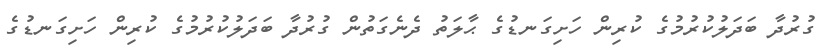
ގުރުދާ ބަދަލުކުރުމުގެ ކުރިން ހަށިގަނޑުގެ ޙާލަތު ދެނެގަތުން ގުރުދާ ބަދަލުކުރުމުގެ ކުރިން ހަށިގަނޑުގެ